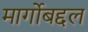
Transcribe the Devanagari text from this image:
मार्गोबद्दल